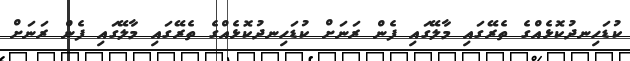
ކުޑަހިނދުކޮޅެއްގެ ތެރޭގައި މާލޭގައި ފެން ރަނަށް ކުޑަހިނދުކޮޅެއްގެ ތެރޭގައި މާލޭގައި ފެން ރަނަށް